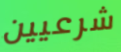
شرعيين